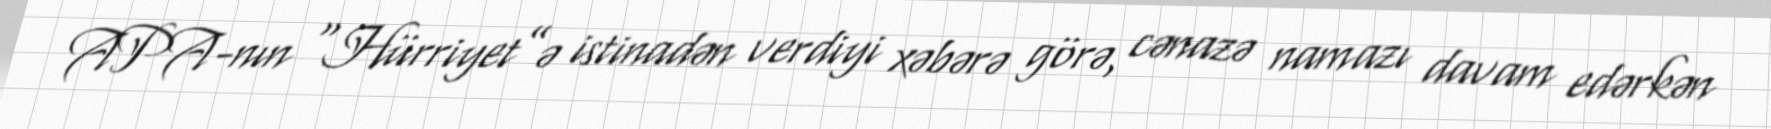
APA-nın “Hürriyet”ə istinadən verdiyi xəbərə görə, cənazə namazı davam edərkən